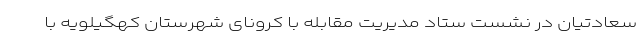
سعادتیان در نشست ستاد مدیریت مقابله با کرونای شهرستان کهگیلویه با